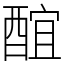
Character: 䣾